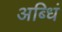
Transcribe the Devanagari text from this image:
अब्धिं